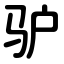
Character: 驴